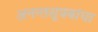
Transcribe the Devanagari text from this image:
अनन्तसूत्रबांधा